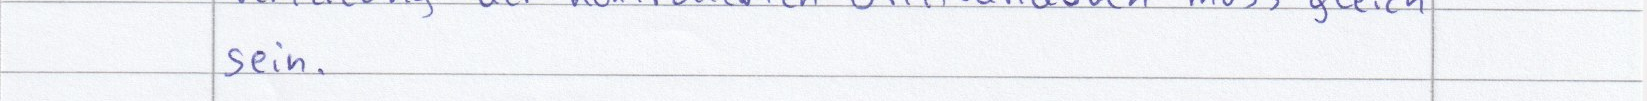
sein.